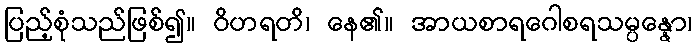
ပြည့်စုံသည်ဖြစ်၍။ ဝိဟရတိ၊ နေ၏။ အာယစာရဂေါစရသမ္ပန္နော၊